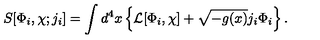
S [ \Phi _ { i } , \chi ; j _ { i } ] = \int d ^ { 4 } x \left\{ { \cal L } [ \Phi _ { i } , \chi ] + \sqrt { - g ( x ) } j _ { i } \Phi _ { i } \right\} .